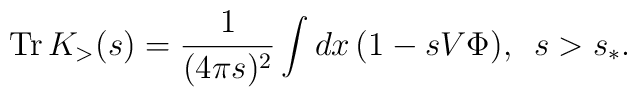
{\rm Tr}\,K_{>}(s)=\frac{1}{(4\pi s)^{2}}    \int dx\,(1-sV\Phi),\,\,\,s>s_{\ast }.